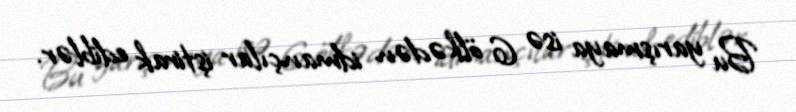
Bu yarışmaya isə 6 ölkədən idmançılar iştirak ediblər.